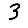
Digit: 3